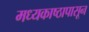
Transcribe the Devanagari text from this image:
मध्यकाष्ठापासून